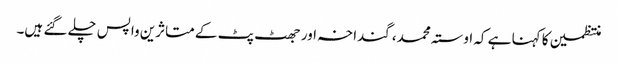
منتظمین کا کہنا ہے کہ اوستہ محمد، گنداخہ اور جھٹ پٹ کے متاثرین واپس چلے گئے ہیں۔